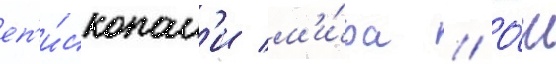
еп'и́скопам'и м'и́ра // О́н